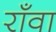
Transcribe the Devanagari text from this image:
राँवा